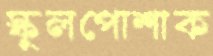
স্কুলপোশাক